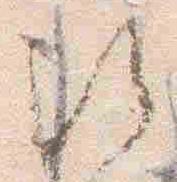
歟